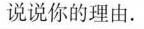
说说你的理由.